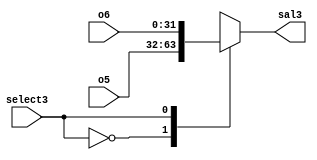
`timescale 1ns/1ns

module MUX323(
	input [31:0]o5,
	input [31:0]o6,
	input select3,
	output reg [31:0]sal3
);

always@* begin 
	case(select3)

		1'b0:
		begin
			sal3=o5;
		end
		1'b1:
		begin
			sal3=o6;
		end

	endcase
end
endmodule